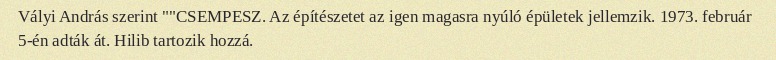
Vályi András szerint ""CSEMPESZ. Az építészetet az igen magasra nyúló épületek jellemzik. 1973. február 5-én adták át. Hilib tartozik hozzá.